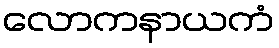
လောကနာယကံ